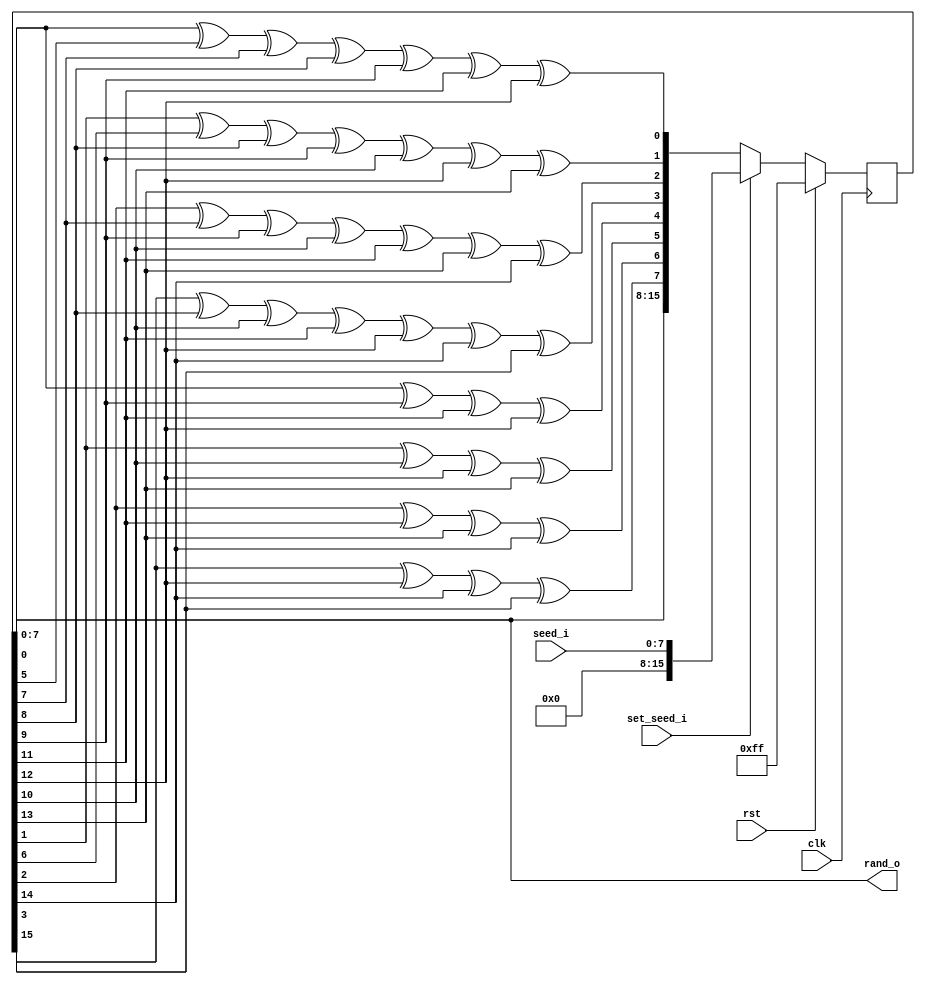
// Licensed under the Apache License, Version 2.0 (the "License");
// you may not use this file except in compliance with the License.
// You may obtain a copy of the License at
//
//      http://www.apache.org/licenses/LICENSE-2.0
//
// Unless required by applicable law or agreed to in writing, software
// distributed under the License is distributed on an "AS IS" BASIS,
// WITHOUT WARRANTIES OR CONDITIONS OF ANY KIND, either express or implied.
// See the License for the specific language governing permissions and
// limitations under the License.
// SPDX-License-Identifier: Apache-2.0
`default_nettype none

module rand (
    input clk,
    input rst,
    input [7:0] seed_i,
    input set_seed_i,
    output [7:0] rand_o
);
    reg [15:0] data;
    wire [15:0] data_next;

    assign rand_o = data[7:0];

    assign data_next[0] = data[0] ^ data[5] ^ data[7] ^ data[8] ^ data[9] ^ data[11] ^ data[12];
    assign data_next[1] = data[1] ^ data[6] ^ data[8] ^ data[9] ^ data[10] ^ data[12] ^ data[13];
    assign data_next[2] = data[2] ^ data[7] ^ data[9] ^ data[10] ^ data[11] ^ data[13] ^ data[14];
    assign data_next[3] = data[3] ^ data[8] ^ data[10] ^ data[11] ^ data[12] ^ data[14] ^ data[15];
    assign data_next[4] = data[0] ^ data[9] ^ data[11] ^ data[12];
    assign data_next[5] = data[1] ^ data[10] ^ data[12] ^ data[13];
    assign data_next[6] = data[2] ^ data[11] ^ data[13] ^ data[14];
    assign data_next[7] = data[3] ^ data[12] ^ data[14] ^ data[15];
    assign data_next[8] = data[0];
    assign data_next[9] = data[1];
    assign data_next[10] = data[2];
    assign data_next[11] = data[3];
    assign data_next[12] = data[4];
    assign data_next[13] = data[5];
    assign data_next[14] = data[6];
    assign data_next[15] = data[7];

    always @(posedge clk)
    begin
        if (rst) begin
            data <= 8'hFF;
        end
        else begin
            if (set_seed_i) begin
                data <= seed_i;
            end
            else begin
                data <= data_next;
            end
        end
    end



endmodule

`default_nettype wire